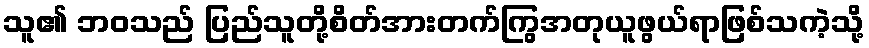
သူ၏ ဘဝသည် ပြည်သူတို့စိတ်အားတက်ကြွအတုယူဖွယ်ရာဖြစ်သကဲ့သို့